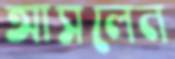
আসলেন